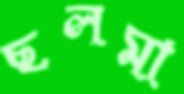
ছলমা